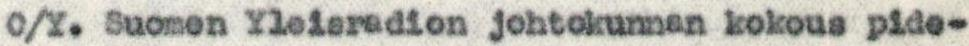
O/Y. Suomen Yleisradion johtokunnan kokous pide-